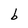
Character: b